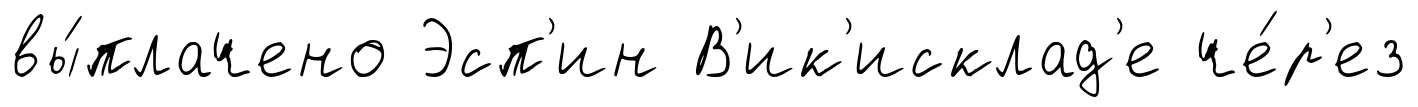
вы́плачено Эсп'ин В'ик'исклад'е че́р'ез